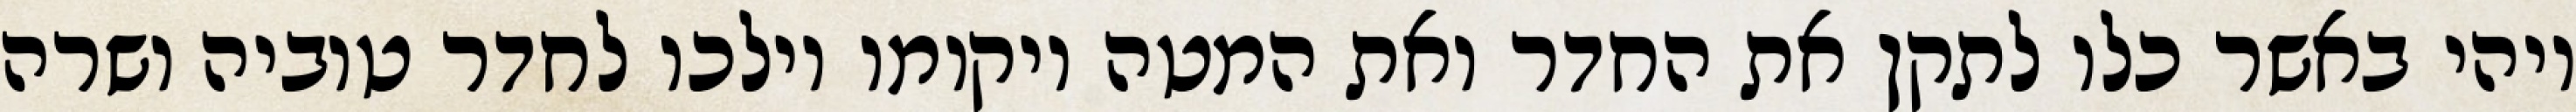
ויהי באשר כלו לתקן את החדר ואת המטה ויקומו וילכו לחדר טוביה ושרה